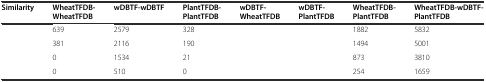
<table><thead><tr><td><b>Similarity</b></td><td><b>WheatTFDB-WheatTFDB</b></td><td><b>wDBTF-wDBTF</b></td><td><b>PlantTFDB-PlantTFDB</b></td><td><b>wDBTF-WheatTFDB</b></td><td><b>wDBTF-PlantTFDB</b></td><td><b>WheatTFDB-PlantTFDB</b></td><td><b>WheatTFDB-wDBTF-PlantTFDB</b></td></tr></thead><tbody><tr><td>[EMPTY_CELL]</td><td>639</td><td>2579</td><td>328</td><td>[EMPTY_CELL]</td><td>[EMPTY_CELL]</td><td>1882</td><td>5832</td></tr><tr><td>[EMPTY_CELL]</td><td>381</td><td>2116</td><td>190</td><td>[EMPTY_CELL]</td><td>[EMPTY_CELL]</td><td>1494</td><td>5001</td></tr><tr><td>[EMPTY_CELL]</td><td>0</td><td>1534</td><td>21</td><td>[EMPTY_CELL]</td><td>[EMPTY_CELL]</td><td>873</td><td>3810</td></tr><tr><td>[EMPTY_CELL]</td><td>0</td><td>510</td><td>0</td><td>[EMPTY_CELL]</td><td>[EMPTY_CELL]</td><td>254</td><td>1659</td></tr></tbody></table>